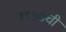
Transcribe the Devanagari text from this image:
१९५७ची